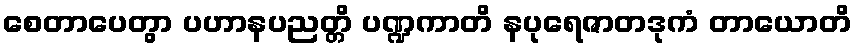
စေတာပေတွာ ပဟာနပညတ္တိ ပဏ္ဍကာတိ နပုရေဇာတဒုကံ တာယောတိ